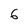
Character: 6